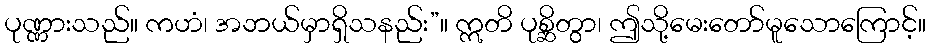
ပုဏ္ဏားသည်။ ကဟံ၊ အဘယ်မှာရှိသနည်း”။ ဣတိ ပုစ္ဆိတွာ၊ ဤသို့မေးတော်မူသောကြောင့်။